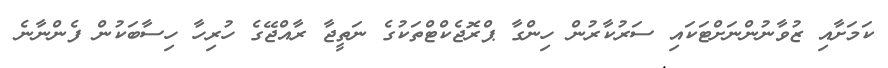
ކަމަށާއި ޒުވާނުންނަށްޓަކައި ސަރުކާރުން ހިންގާ ޕްރޮޖެކްޓްތަކުގެ ނަތީޖާ ރާއްޖޭގެ ހުރިހާ ހިސާބަކުން ފެންނާނެ